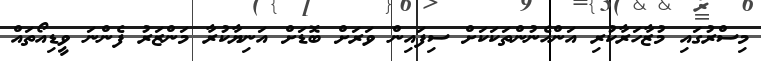
މިސްރުގައި މުޒާހަރާކުރި އަންހެނުންތަކަކަށް ސިފައިން ވަރަށް ބޮޑަށް އަނިޔާކުރާ މަންޒަރު ފެންނަ ވީޑިއޯތައް